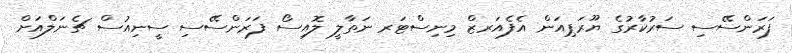
ފަރަންސޭސި ސަރުކާރުގެ ޔޫރަޕިއަން އެފެއަރޒް މިނިސްޓަރ ނަތާލީ ލޮއިސޯ ފަރަންސޭސި ސީނިއުސް ޗެނަލްއަށް